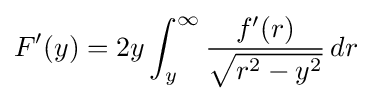
F'(y)=2y\int _{y}^{\infty }{\frac {f'(r)}{\sqrt {r^{2}-y^{2}}}}\,dr